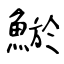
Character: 鯲